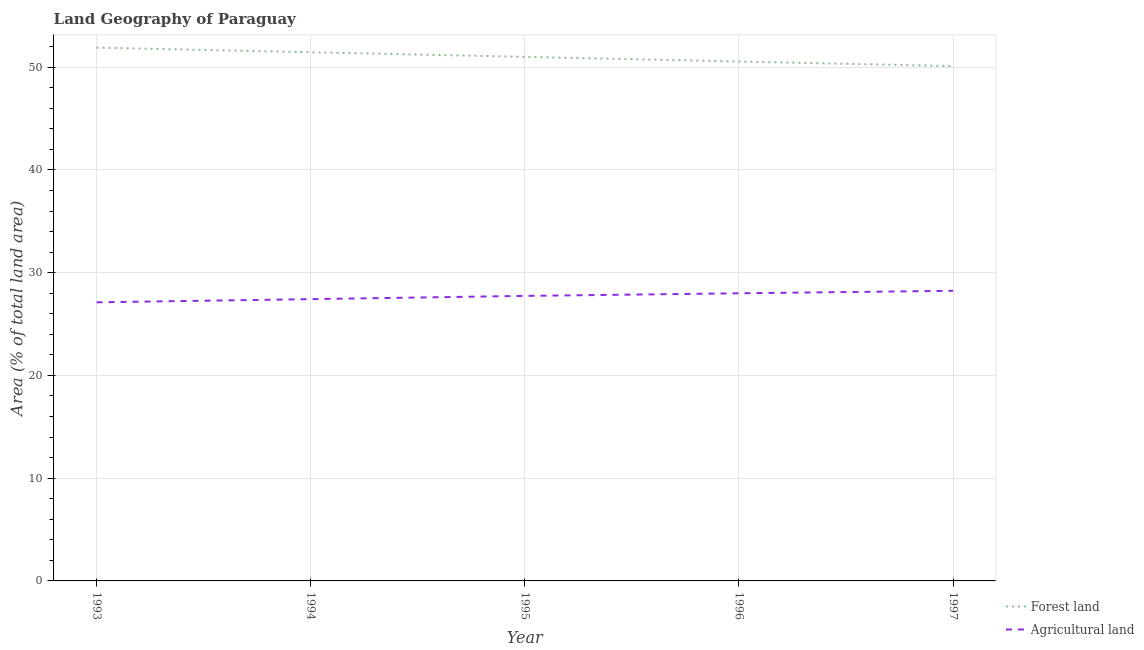
| Year | Forest land | Agricultural land |
 | --- | --- | --- |
 | 1993 | 51.9 | 27.1 |
 | 1994 | 51.5 | 27.4 |
 | 1995 | 51 | 27.7 |
 | 1996 | 50.6 | 28 |
 | 1997 | 50.1 | 28.2 |